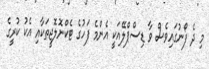
މި ދެ ފޯނުގައިވެސް ވާ ޑިސްޕްލޭއަކީ އެންމެ ފަހުގެ ޓެކްނޮލޮޖީތަކާއި އެކު ކުރީގެ